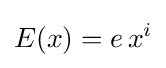
E(x)=e\,x^{i}